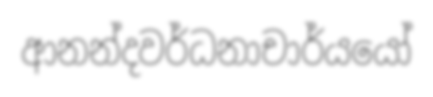
ආනන්දවර්ධනාචාර්යයෝ